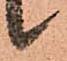
候